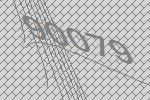
90079